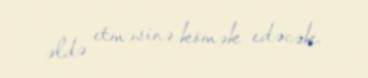
əldə etməsinə kömək edəcək.